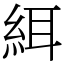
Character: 䋙